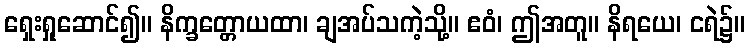
ရှေးရှုဆောင်၍။ နိက္ခတ္တောယထာ၊ ချအပ်သကဲ့သို့။ ဧဝံ၊ ဤအတူ။ နိရယေ၊ ငရဲ၌။